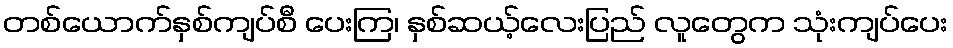
တစ်ယောက်နှစ်ကျပ်စီ ပေးကြ၊ နှစ်ဆယ့်လေးပြည် လူတွေက သုံးကျပ်ပေး